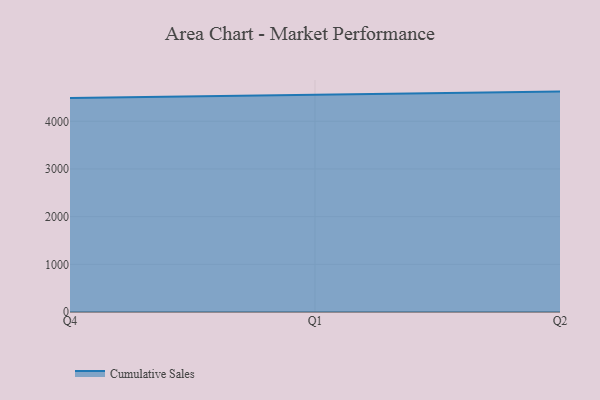
{"axis": {"x": "Quarter", "y": "Churn Rate (%)"}, "legend": ["Cumulative Sales"], "data": [{"x": "Q4", "y": 4488.7, "type": "Cumulative Sales"}, {"x": "Q1", "y": 4558.4, "type": "Cumulative Sales"}, {"x": "Q2", "y": 4623.0, "type": "Cumulative Sales"}]}